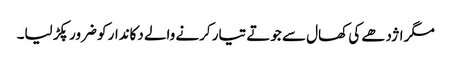
مگر اژدھے کی کھال سے جوتے تیار کرنے والے دکاندار کو ضرور پکڑ لیا۔